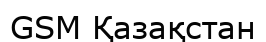
GSM Қазақстан